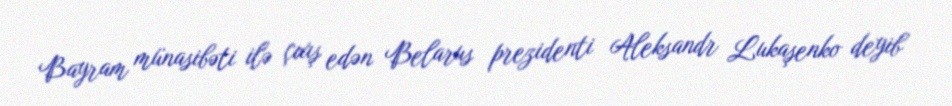
Bayram münasibəti ilə çıxış edən Belarus prezidenti Aleksandr Lukaşenko deyib